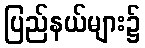
ပြည်နယ်များ၌